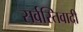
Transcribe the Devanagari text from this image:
सर्वस्तिवादी